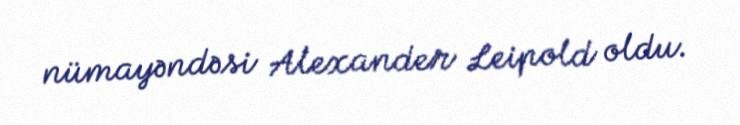
nümayəndəsi Alexander Leipold oldu.